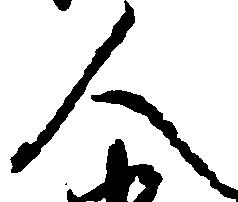
人